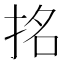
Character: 𭠬